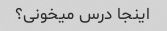
اینجا درس میخونی؟